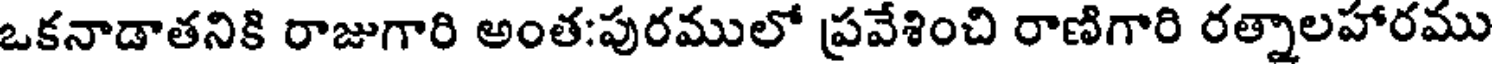
ఒకనాడాతనికి రాజుగారి అంత:పురములో ప్రవేశించి రాణిగారి రత్నాలహారము